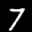
Label: 7